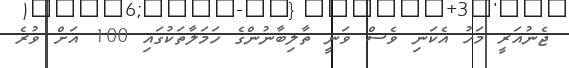
ޖެނުއަރީ މަހު އެކަނި ވެސް ވަނީ ތާލިބާނުންގެ ހަމަލާތަކުގައި 100 އަށް ވުރެ